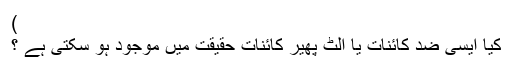
)
کیا ایسی ضد کائنات یا الٹ پھیر کائنات حقیقت میں موجود ہو سکتی ہے ؟